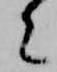
々